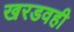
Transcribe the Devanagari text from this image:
खरडवही